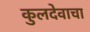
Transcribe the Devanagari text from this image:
कुलदेवाचा